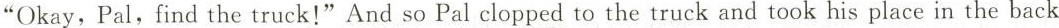
"Okay,Pal,find the truck!"And so Pal clopped_ to the truckand took his place in the back